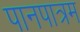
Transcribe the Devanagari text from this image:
पानपात्रम